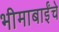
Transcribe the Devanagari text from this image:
भीमाबाईंचे